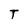
Character: T